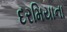
દરમિયાના